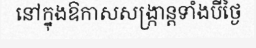
នៅក្នុងឱកាសសង្ក្រាន្តទាំងបីថ្ងៃ